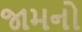
જામનો